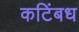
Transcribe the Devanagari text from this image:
कटिंबध